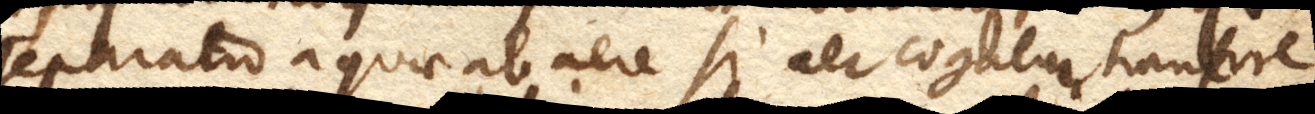
Separatio aquae ab aere si aer cogatur transire